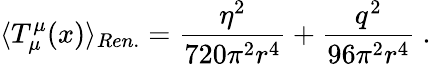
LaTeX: \langle T_{\mu}^{\mu}(x)\rangle_{Ren.}=\frac{\eta^{2}}{720\pi^{2}r^{4}}+\frac{q^{2}}{96\pi^{2}r^{4}}\ .